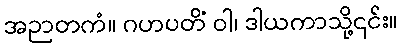
အဉာတကံ။ ဂဟပတိံ ဝါ၊ ဒါယကာသို့၎င်း။